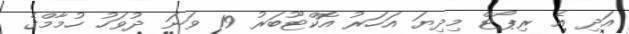
އަދި އެ ރިޕޯޓް މިދިޔަ އަހަރު އޮކްޓޫބަރު 19 ވަނަ ދުވަހު ހުމާމްގެ